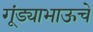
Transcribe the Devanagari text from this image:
गूंड्याभाऊचे